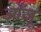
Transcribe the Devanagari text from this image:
आँजू